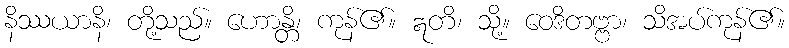
နိဿယာနိ၊ တို့သည်။ ဟောန္တိ၊ ကုန်၏။ ဣတိ၊ သို့။ ဝေဒိတဗ္ဗာ၊ သိအပ်ကုန်၏။